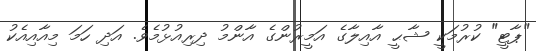
"ޕާޓީ" ކުރުމަކީ ޝާޙީ އާއިލާގެ އަމީރުންގެ އާންމު ދިރިއުޅުމެވެ. އަދި ހަމަ މިއާއިއެކު